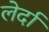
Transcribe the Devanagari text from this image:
लेर्दा